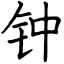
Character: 钟